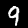
Digit: 9